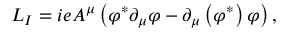
{ \cal L } _ { I } = i e A ^ { \mu } \left( \varphi ^ { \ast } \partial _ { \mu } \varphi - \partial _ { \mu } \left( \varphi ^ { \ast } \right) \varphi \right) ,